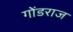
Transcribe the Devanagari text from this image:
गोंडराज